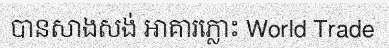
បានសាងសង់ អាគារភ្លោះ World Trade